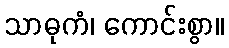
သာဓုကံ၊ ကောင်းစွာ။